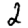
Digit: 2